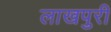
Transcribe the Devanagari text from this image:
लाखपुरी